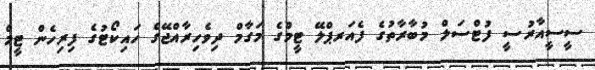
ސީސީއާރުސީ ފުޓްސަލް މުބާރާތުގެ ފެއަރޕްލޭ ޓީމްގެ މަގާމް ދިވެހިރާއްޖޭގެ ހައިކޯޓުގެ ފިރިހެން ޓީމް